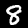
Digit: 8